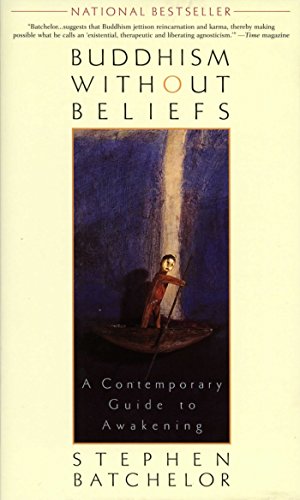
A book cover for Buddhism Without Beliefs: A Contemporary Guide to Awakening; Stephen Batchelor; Religion & Spirituality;